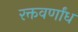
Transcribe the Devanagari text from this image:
रक्तवर्णांध